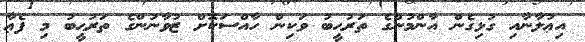
އިޢުލާނާއި ގުޅިގެން އާންމުންގެ ތަރުޙީބު ވަކިން ހާއްސަކޮށް ޒުވާނުންގެ ތަރުޙީބު މި ފެޢާ